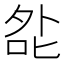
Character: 夞